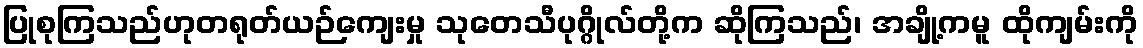
ပြုစုကြသည်ဟုတရုတ်ယဉ်ကျေးမှု သုတေသီပုဂ္ဂိုလ်တို့က ဆိုကြသည်၊ အချို့ကမူ ထိုကျမ်းကို